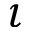
\iota